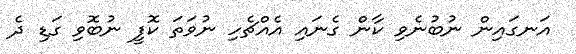
އަނގައިން ނުބުނެވި ކާން ގެނައި އެއްޗެހި ނުވަތަ ކޮފީ ނުބޮވި ގަޑި ދެ